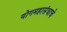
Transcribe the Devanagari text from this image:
योगमहासंघाचे